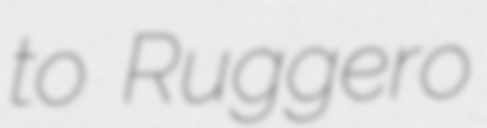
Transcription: to Ruggero